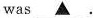
was ▲